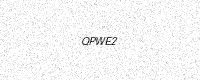
Text: QPWE2